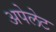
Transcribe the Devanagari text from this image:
अपेलेट